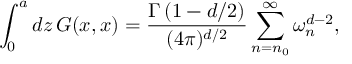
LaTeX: \int _ { 0 } ^ { a } d z \, G ( x , x ) = { \frac { \Gamma \left( 1 - d / 2 \right) } { ( 4 \pi ) ^ { d / 2 } } } \sum _ { n = n _ { 0 } } ^ { \infty } \omega _ { n } ^ { d - 2 } ,